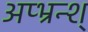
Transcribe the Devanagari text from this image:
अप्भ्रन्श्